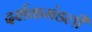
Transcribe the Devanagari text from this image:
दर्शकमंडली